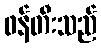
ဖန်တီးသည်